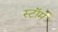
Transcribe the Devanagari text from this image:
स्टाॅर्म